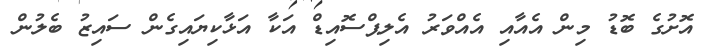
އޮށުގެ ބޮޑު މިން އެއާއި އެއްވަރު އެލިޕްސޮއިޑް އަކާ އަޅާކިޔައިގެން ސައިޒު ބެލުން